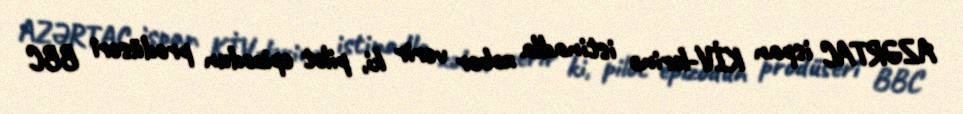
AZƏRTAC ispan KİV-lərinə istinadla xəbər verir ki, pilot epizodun prodüseri BBC